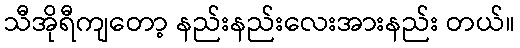
သီအိုရီကျတော့ နည်းနည်းလေးအားနည်း တယ်။